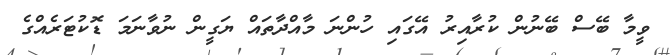
ވީމާ ބޭސް ބޭނުން ކުރާއިރު އޭގައި ހުންނަ މާއްދާތައް ޔަގީން ނުވާނަމަ ޑޮކުޓަރެއްގެ